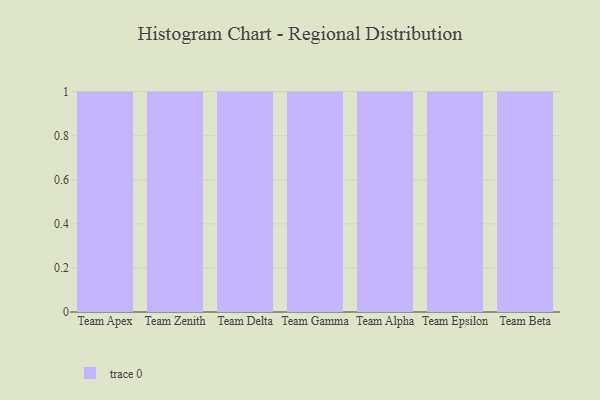
{"axis": {"x": "Team", "y": "Active Users"}, "legend": [""], "data": [{"x": "Team Apex", "y": 19, "type": ""}, {"x": "Team Zenith", "y": 37, "type": ""}, {"x": "Team Delta", "y": 97, "type": ""}, {"x": "Team Gamma", "y": 6, "type": ""}, {"x": "Team Alpha", "y": 78, "type": ""}, {"x": "Team Epsilon", "y": 89, "type": ""}, {"x": "Team Beta", "y": 55, "type": ""}]}